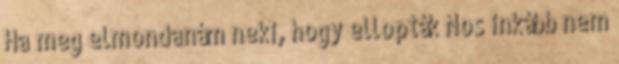
Ha meg elmondanám neki, hogy ellopták Nos inkább nem